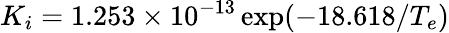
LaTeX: K_{i}=1.253\times 10^{-13}\exp({-18.618/T_{e}})